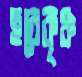
হরেকৃঞ্চ